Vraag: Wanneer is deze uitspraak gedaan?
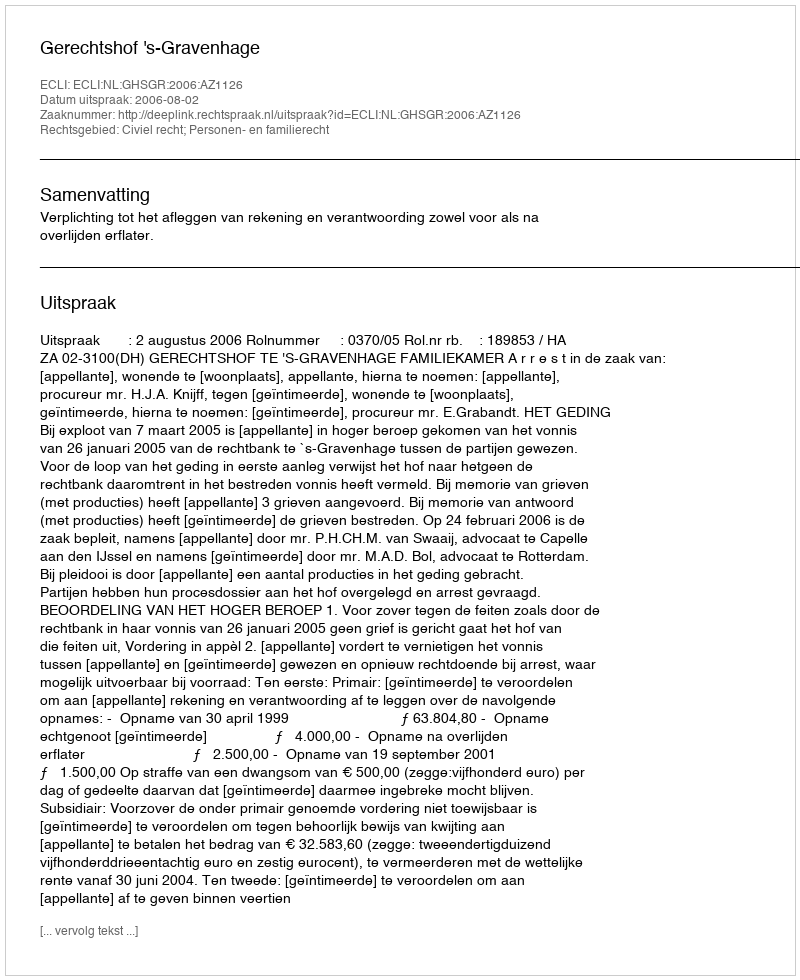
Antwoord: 2006-08-02